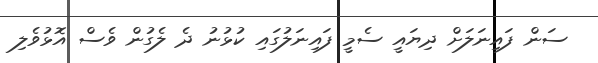
ސަން ފައިނަލަށް ދިޔައީ ސެމީ ފައިނަލުގައި ކުޅުނު ދެ ލެގުން ވެސް އޮޅުވެލި